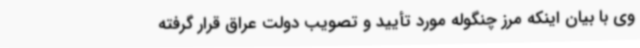
وی با بیان اینکه مرز چنگوله مورد تأیید و تصویب دولت عراق قرار گرفته